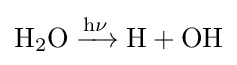
{\mathrm {H} {\vphantom {A}}_{\smash[{t}]{2}}\mathrm {O} {}\mathrel {\xrightarrow {\mathrm {h\nu } } } {}\mathrm {H} {}+{}\mathrm {OH} }